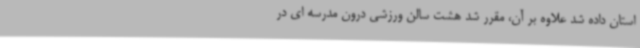
استان داده شد علاوه بر آن، مقرر شد هشت سالن ورزشی درون مدرسه ای در